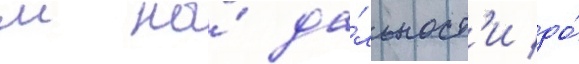
м на́ да́льност'и до́